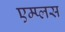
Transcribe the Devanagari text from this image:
एम्प्लस